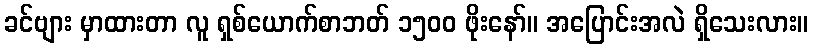
ခင်ဗျား မှာထားတာ လူ ရှစ်ယောက်စာဘတ် ၁၅၀၀ ဖိုးနော်။ အပြောင်းအလဲ ရှိသေးလား။